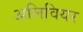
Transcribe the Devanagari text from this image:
अलिवियर